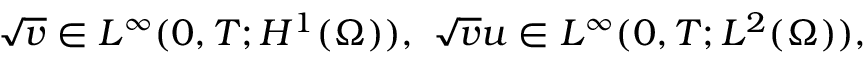
\sqrt { v } \in L ^ { \infty } ( 0 , T ; H ^ { 1 } ( \Omega ) ) , \ \sqrt { v } u \in L ^ { \infty } ( 0 , T ; L ^ { 2 } ( \Omega ) ) ,